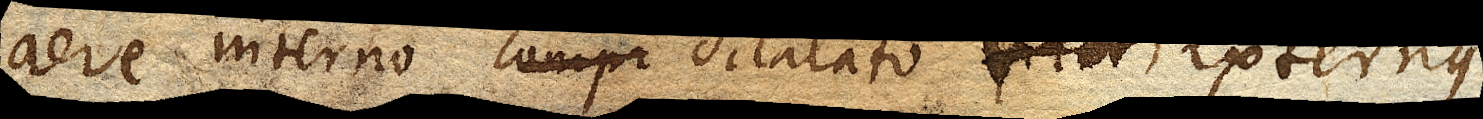
aere interno dilatato, externus